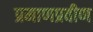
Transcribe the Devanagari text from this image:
प्रमाणप्रवीण